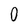
Character: 0